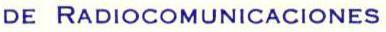
DE RADIOCOMUNICACIONES